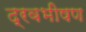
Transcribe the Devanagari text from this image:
द्रवभीषण